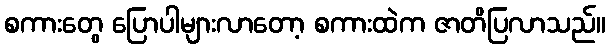
စကားတွေ ပြောပါများလာတော့ စကားထဲက ဇာတိပြလာသည်။